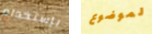
بإستخدام لموضوع